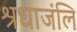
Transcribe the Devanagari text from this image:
श्रधाजंलि